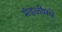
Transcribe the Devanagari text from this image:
मंडळींमधे